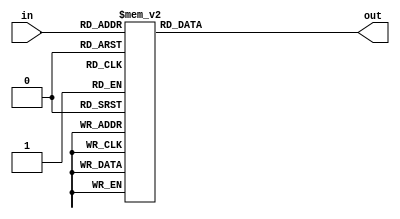
module special_adder(in, out);
    input [3:0] in;
    output [15:0] out;
    reg [15:0] out;
always @ (in)
begin
    case({in})
      4'b0000:
      begin
        out <= 16'b0000_0000_0000_0000;
      end
      4'b0001:
      begin
        out <= 16'b0000_0000_0000_1111;
      end
      4'b0010:
      begin
        out <= 16'b0000_0000_0000_1110;
      end
      4'b0011:
      begin
        out <= 16'b0000_0000_0000_1101;
      end     
      4'b0100:
      begin
        out <= 16'b0000_0000_0000_1100;
      end
      4'b0101:
      begin
        out <= 16'b0000_0000_0000_1011;
      end
      4'b0110:
      begin
        out <= 16'b0000_0000_0000_1010;
      end
      4'b0111:
      begin
        out <= 16'b0000_0000_0000_1001;
      end
      4'b1000:
      begin
        out <= 16'b0000_0000_0000_1000;
      end
      4'b1001:
      begin
        out <= 16'b0000_0000_0000_0111;
      end      
      4'b1010:
      begin
        out <= 16'b0000_0000_0000_0110;
      end
      4'b1011:
      begin
        out <= 16'b0000_0000_0000_0101;
      end
      4'b1100:
      begin
        out <= 16'b0000_0000_0000_0100;
      end
      4'b1101:
      begin
        out <= 16'b0000_0000_0000_0011;
      end      
      4'b1110:
      begin
        out <= 16'b0000_0000_0000_0010;
      end
      4'b1111:
      begin
        out <= 16'b0000_0000_0000_0001;
      end      
    endcase
end
endmodule